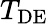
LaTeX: T_{\mathrm{DE}}